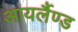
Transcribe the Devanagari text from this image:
आयर्लैण्ड